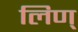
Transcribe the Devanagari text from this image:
लिण्